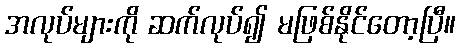
အလုပ်များကို ဆက်လုပ်၍ မဖြစ်နိုင်တော့ပြီ။